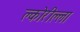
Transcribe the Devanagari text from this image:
क्लोरील्ला